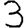
Digit: 3